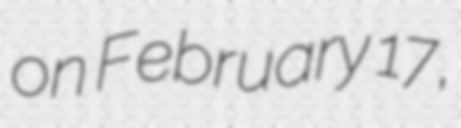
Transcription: on February 17,